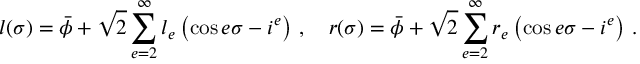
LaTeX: l ( \sigma ) = \bar { \phi } + \sqrt { 2 } \sum _ { e = 2 } ^ { \infty } l _ { e } \left( \cos e \sigma - i ^ { e } \right) \, , \quad r ( \sigma ) = \bar { \phi } + \sqrt { 2 } \sum _ { e = 2 } ^ { \infty } r _ { e } \left( \cos e \sigma - i ^ { e } \right) \, . ~ ~ ~ ~